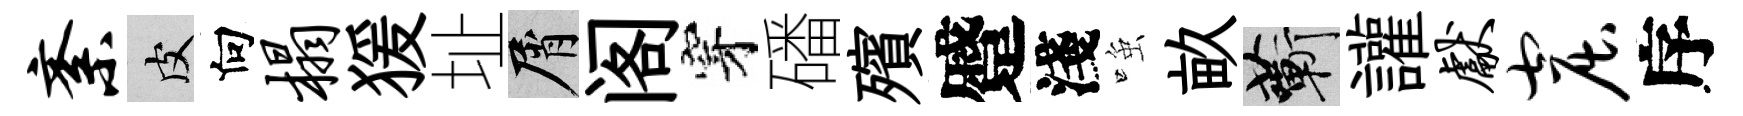
紊皮向榻猨址屑阁穿磻殯蹙淺𫪻畝蔪讙献窟序